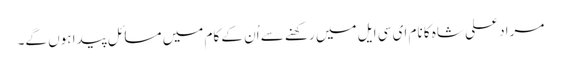
مراد علی شاہ کا نام ای سی ایل میں رکھنے سے اُن کے کام میں مسائل پیدا ہوں گے۔